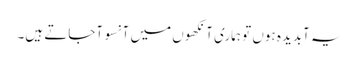
یہ آبدیدہ ہوں تو ہماری آنکھوں میں آنسو آجاتے ہیں۔